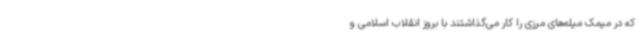
که در میمک میله‌های مرزی را کار می‌گذاشتند با بروز انقلاب اسلامی و